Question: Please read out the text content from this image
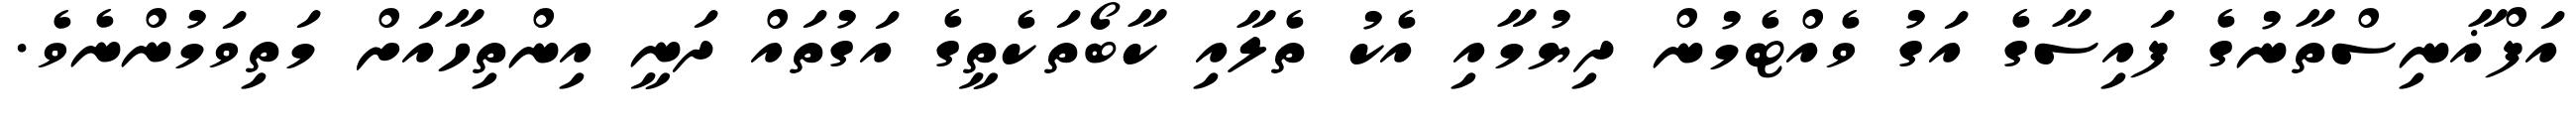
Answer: އަފްޣާނިސްތާނުގެ ފައިސާގެ އަގު ވެއްޓެމުން ދިޔުމާއި އެކު ތެލާއި ކާބޯތަކެތީގެ އަގުތައް ދަނީ އިންތިހާއަށް މަތިވަމުންނެވެ.